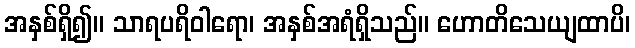
အနှစ်ရှိ၍။ သာရပရိဝါရော၊ အနှစ်အရံရှိသည်။ ဟောတိသေယျထာပိ၊